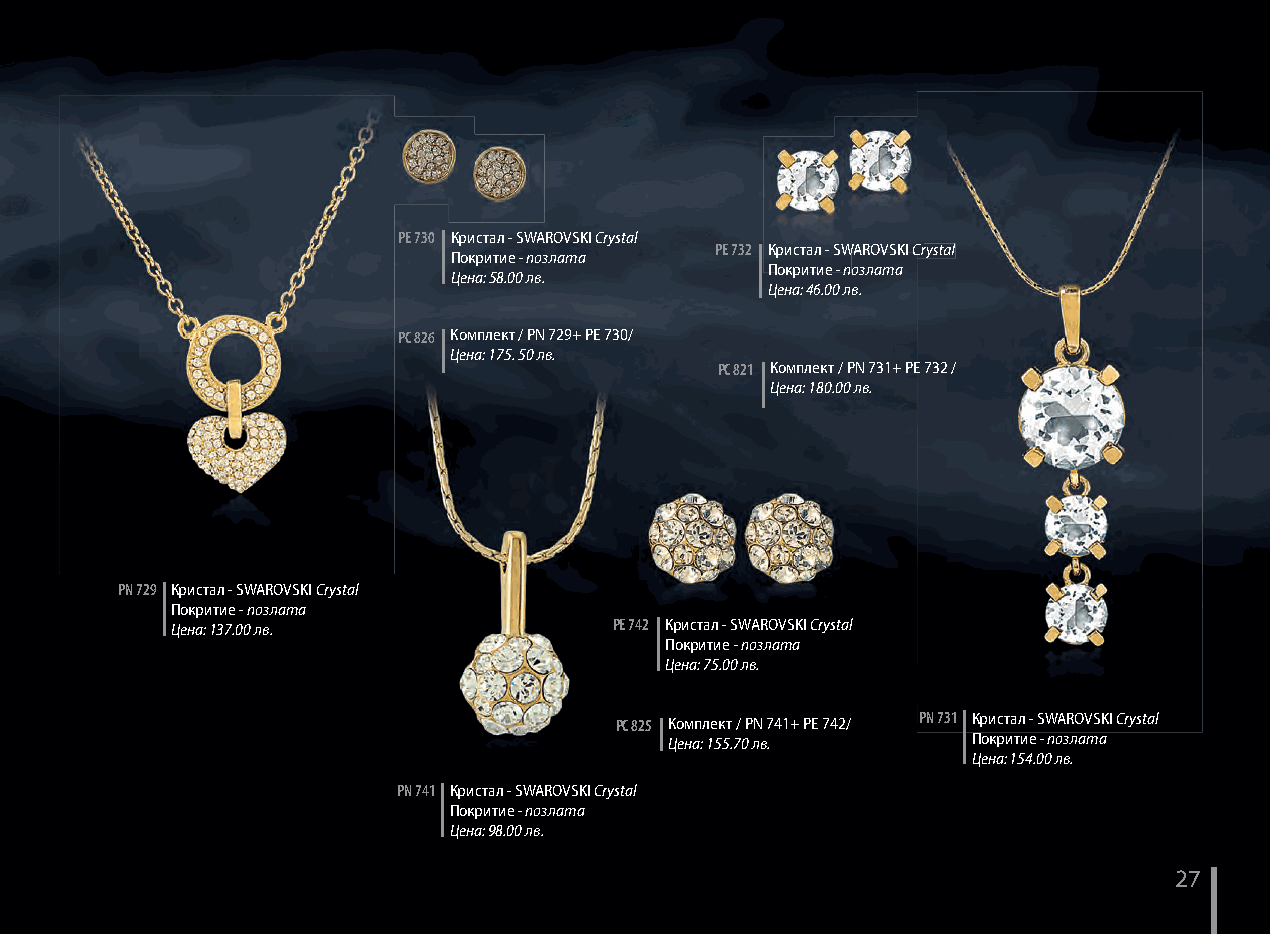
PЕ 730 Кристал - SWAROVSKI Crystal
 PЕ 732 Кристал - SWAROVSKI CCCrrryyyssstttaaalll
 Покритие - позлата
 Покритие - позлата
 Цена: 58.00 лв.
 Цена: 46.00 лв.
 PC 826 Комплект / PN 729+ PE 730/
 Цена: 175. 50 лв.
 PC 821 Комплект / PN 731+ PE 732 /
 Цена: 180.00 лв.
 PN 729 Кристал - SWAROVSKI Crystal
 Покритие - позлата
 Цена: 137.00 лв.              PЕ 742 Кристал - SWAROVSKI Crystal
 Покритие - позлата
 Цена: 75.00 лв.
 PC 825 Комплект / PN 741+ PE 742/ PN 731 Кристал - SWAROVSKI Crystal
 Цена: 155.70 лв.    Покритие - позлата
 Цена: 154.00 лв.
 PN 741 Кристал - SWAROVSKI Crystal
 Покритие - позлата
 Цена: 98.00 лв.
 27